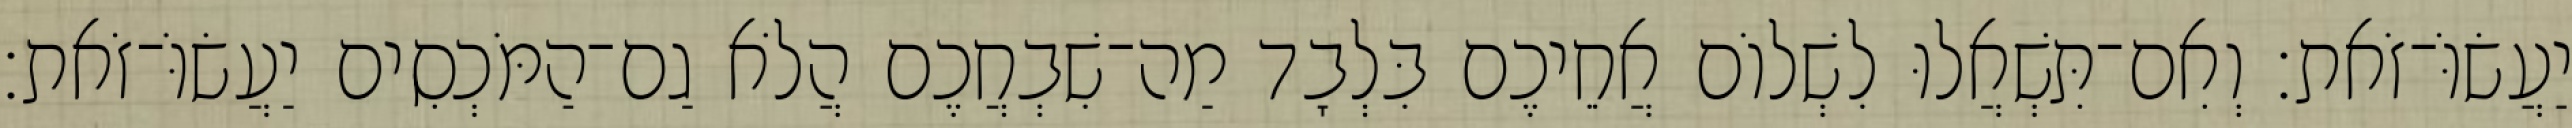
יַעֲשׂוֹּ־זֹאת׃ וְאִם־תִּשְׁאֲלוּ לִשְׁלוֹם אֲחֵיכֶם בִּלְבָד מַה־שִׁבְחֲכֶם הֲלֹא גַם־הַמֹּכְסִים יַעֲשׂוֹּ־זֹאת׃